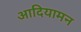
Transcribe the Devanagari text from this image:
आदियामन